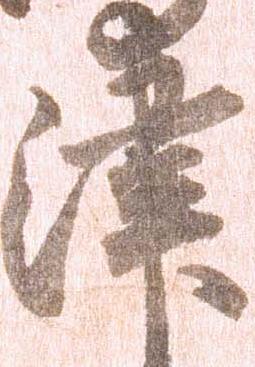
津